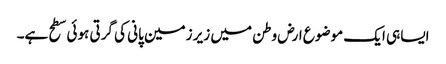
ایسا ہی ایک موضوع ارض وطن میں زیر زمین پانی کی گرتی ہوئی سطح ہے۔